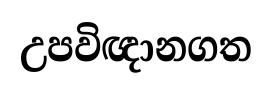
උපවිඥානගත